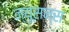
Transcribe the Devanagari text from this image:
न्यूसन्स